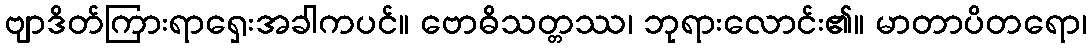
ဗျာဒိတ်ကြားရာရှေးအခါကပင်။ ဗောဓိသတ္တဿ၊ ဘုရားလောင်း၏။ မာတာပိတရော၊